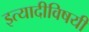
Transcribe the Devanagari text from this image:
इत्यादीविषयी